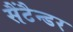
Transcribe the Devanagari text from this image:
सैंटैन्डर